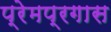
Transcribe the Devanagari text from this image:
प्रेमप्रगास